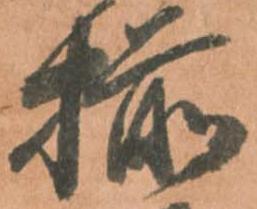
揃